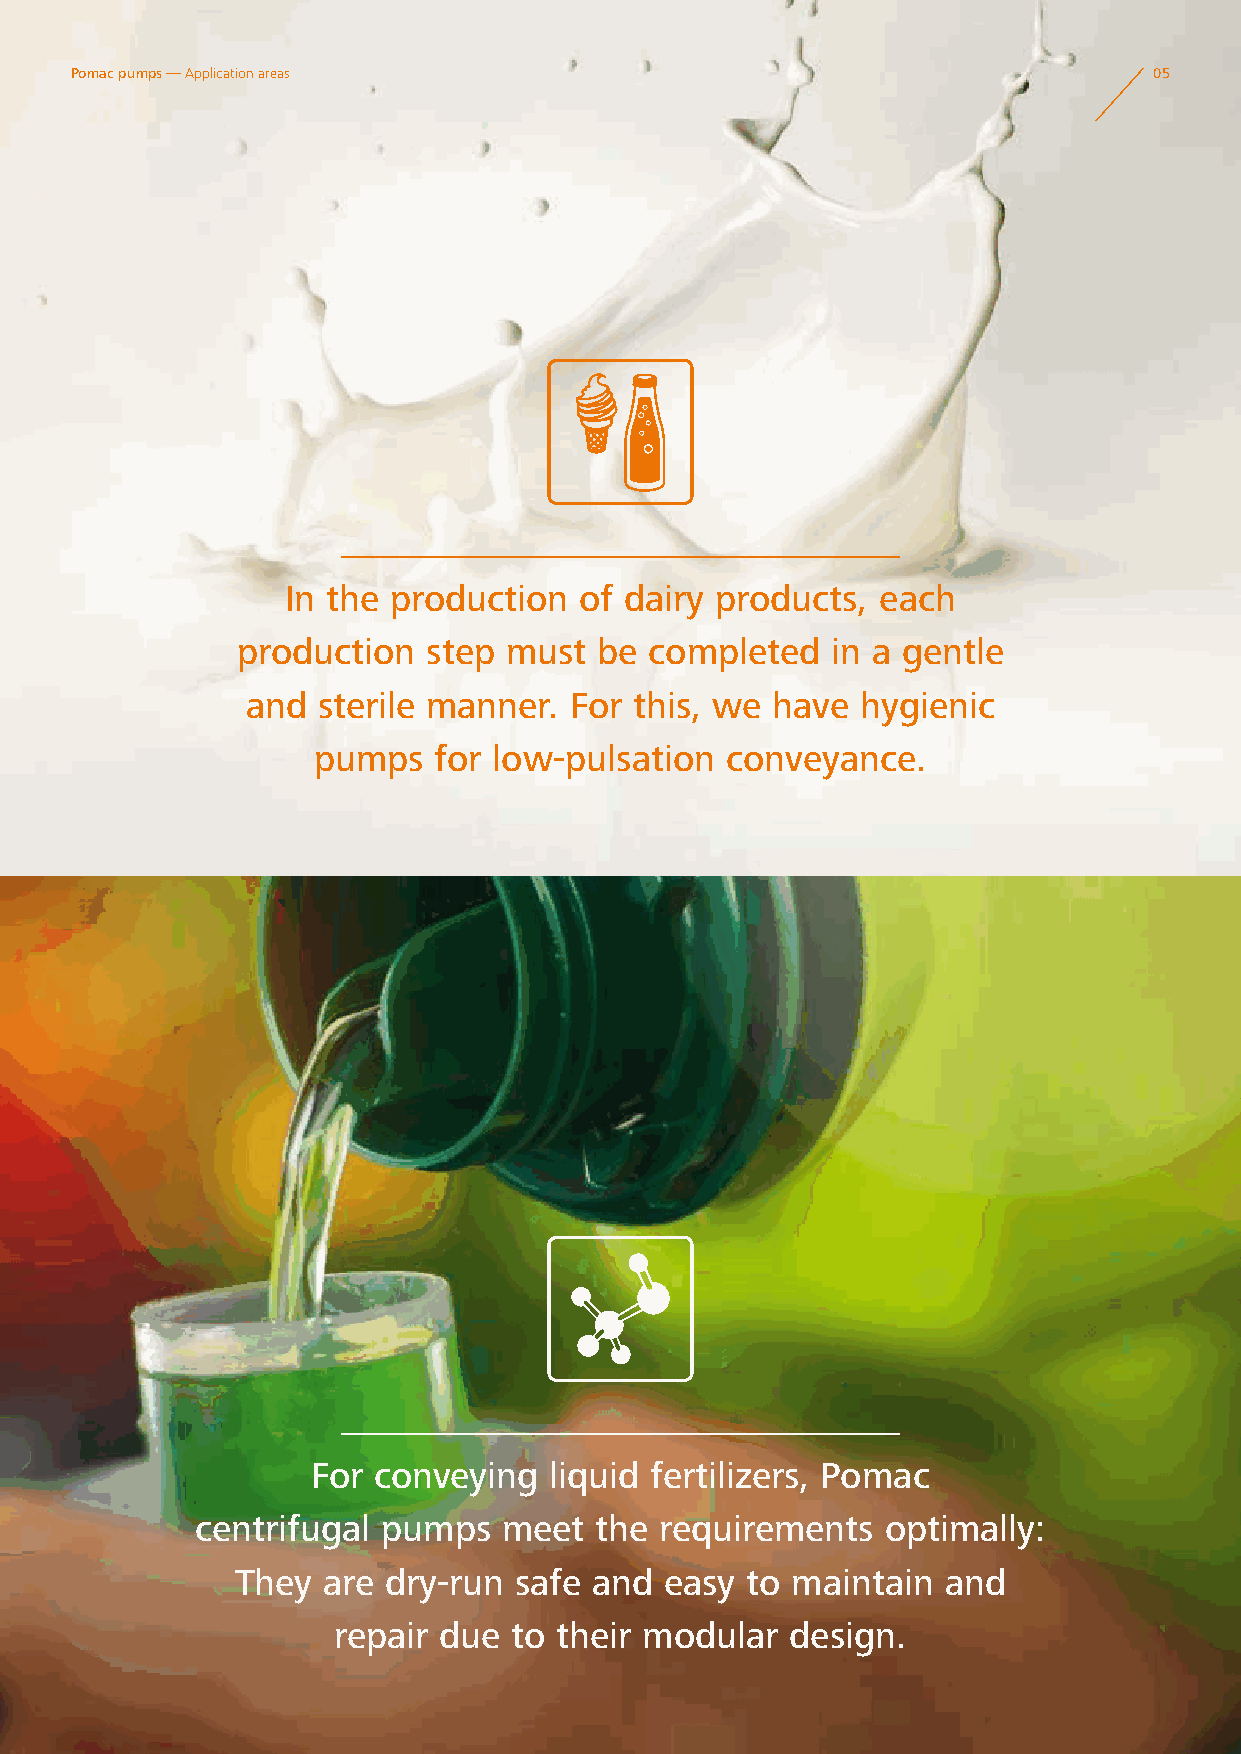
Pomac pumps — Application areas                                        05
 In the production  of dairy products,  each
 production  step must   be completed   in a gentle
 and  sterile manner.  For this, we have  hygienic
 pumps   for low-pulsation  conveyance.
 For conveying  liquid fertilizers, Pomac
 centrifugal pumps   meet  the  requirements   optimally:
 They are dry-run  safe and  easy to maintain   and
 repair due  to their modular  design.